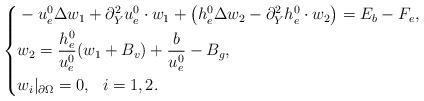
LaTeX: \begin{align*}\left \{\begin{aligned}&-u_e^0\Delta w_1+\partial_Y^2 u^0_e\cdot w_1+\left(h^0_e\Delta w_2-\partial_Y^2 h^0_e\cdot w_2\right)=E_b-F_e,\\&w_2=\frac{h^0_e}{u^0_e}(w_1+B_v)+\frac{b}{u^0_e}-B_g,\\&w_i|_{\partial\Omega}=0, \ \ i=1,2.\end{aligned}\right.\end{align*}